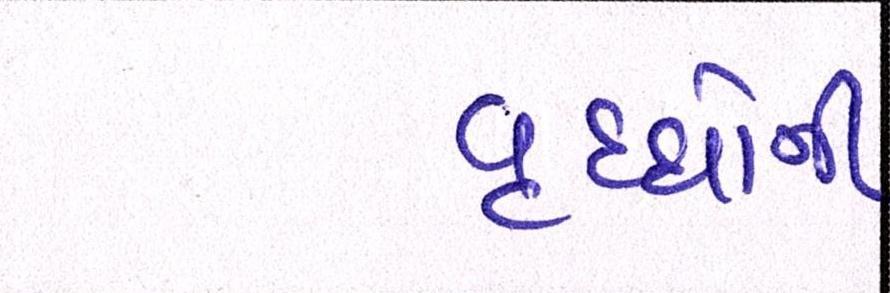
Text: વૃધ્ધોની